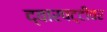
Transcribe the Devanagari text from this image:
द्वारपट्टीवर